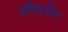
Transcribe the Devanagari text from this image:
मीमरोट